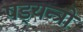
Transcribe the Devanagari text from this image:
षड्‍यन्त्रों